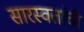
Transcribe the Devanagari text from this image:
सारस्वतांची